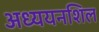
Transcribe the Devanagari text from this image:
अध्ययनशिल